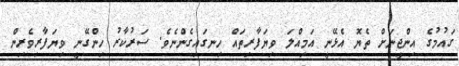
ގައުމުގެ އިންޖީނަށް ތެޔޮ އެޅޭނީ އަމިއްލަ ވިޔަފާރިތައް ހިނގައިގެންނެވެ. ސަރުކާރު ހިންގޭނީ ވިޔަފާރިވެރިން